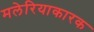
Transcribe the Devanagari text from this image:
मलेरियाकारक